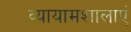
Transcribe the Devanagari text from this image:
व्यायामशालाएं